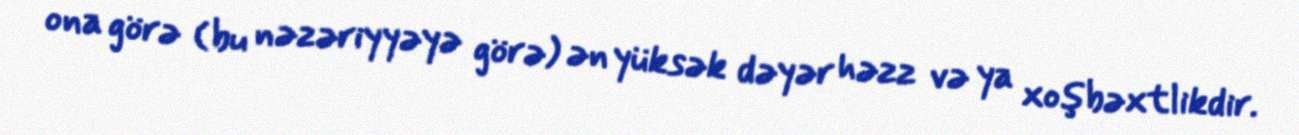
ona görə (bu nəzəriyyəyə görə) ən yüksək dəyər həzz və ya xoşbəxtlikdir.